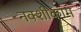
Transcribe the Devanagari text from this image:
नक्शीकाम